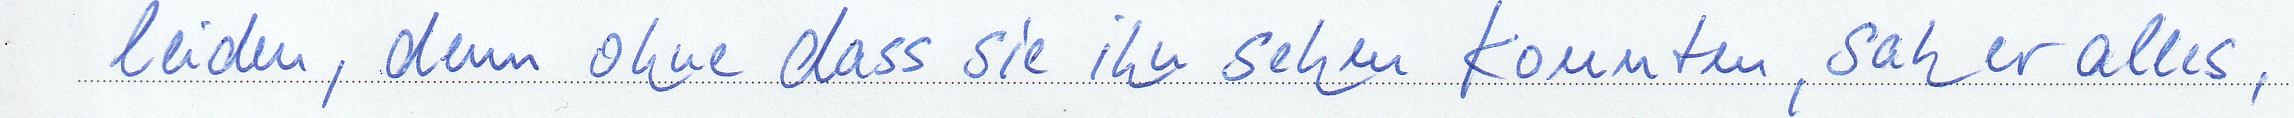
leiden, denn ohne dass sie ihn sehen konnten, sah er alles,